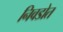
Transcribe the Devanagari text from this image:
निवडोत